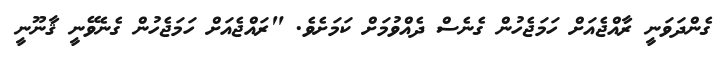
ގެންދަވަނީ ރާއްޖެއަށް ހަމަޖެހުން ގެނެސް ދެއްވުމަށް ކަމަށެވެ. "ރައްޖެއަށް ހަަމަޖެހުން ގެނެވޭނީ ޤާނޫނީ